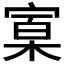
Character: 𰍒